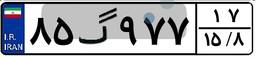
۸۱گ۹۰۱۲۱